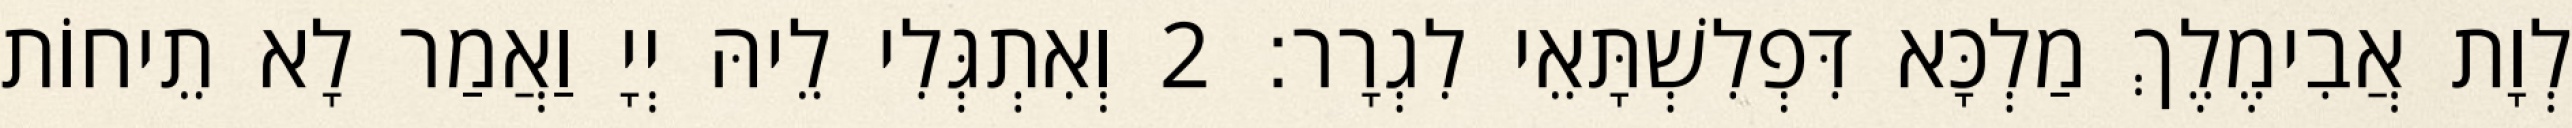
לְוָת אֲבִימֶלֶךְ מַלְכָּא דִּפְלִשְׁתָּאֵי לִגְרָר׃ 2 וְאִתְגְּלִי לֵיהּ יְיָ וַאֲמַר לָא תֵיחוֹת